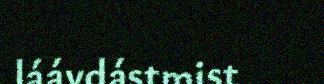
láávdástmist